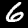
Digit: 6